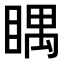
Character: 𥈬